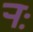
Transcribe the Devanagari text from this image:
र्‍ाः